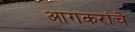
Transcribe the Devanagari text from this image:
आगकरांचे